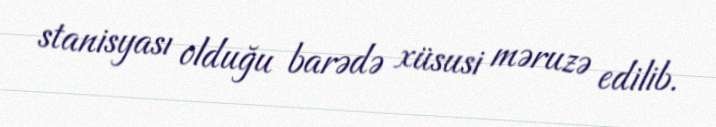
stanisyası olduğu barədə xüsusi məruzə edilib.